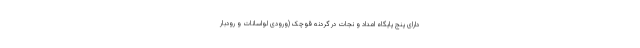
دارای پنج پایگاه امداد و نجات در گردنه قوچک (ورودی لواسانات و رودبار